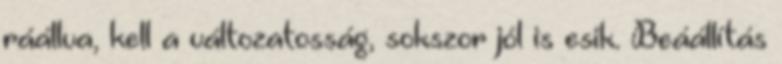
ráállva, kell a változatosság, sokszor jól is esik. Beáállítás